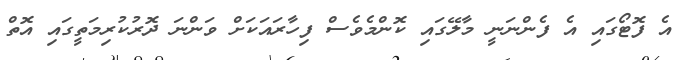
އެ ފޮޓޯގައި އެ ފެންނަނީ މާލޭގައި ކޮންމެވެސް ފިހާރައަކަށް ވަންނަ ދޮރުކުރިމަތީގައި އޮތް